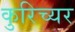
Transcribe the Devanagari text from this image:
कुरिच्यर